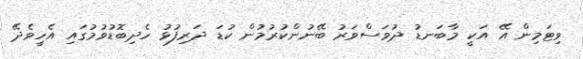
ވިޓަމިން އޭ އަކީ މާބަނޑު ދުވަސްވަރު ބޭނުންކުރުމުން ކުޑަ ދަރިފުޅު ހެދިބޮޑުވުމުގައި އެހީވެދޭ